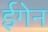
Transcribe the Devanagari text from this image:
ईगेन